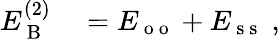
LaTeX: \begin{array}{rl}{E_{\mathrm{~B~}}^{(2)}}&{{}=E_{\mathrm{~o~o~}}+E_{\mathrm{~s~s~}}\; ,}\end{array}